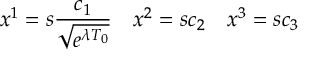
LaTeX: x ^ { 1 } = s \frac { c _ { 1 } } { \sqrt { e ^ { \lambda T _ { 0 } } } } \ \ \ x ^ { 2 } = s c _ { 2 } \ \ \ x ^ { 3 } = s c _ { 3 }